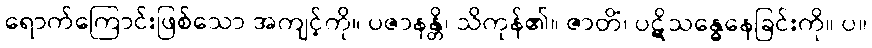
ရောက်ကြောင်းဖြစ်သော အကျင့်ကို။ ပဇာနန္တိ၊ သိကုန်၏။ ဇာတိံ၊ ပဋိသန္ဓေနေခြင်းကို။ ပ။